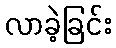
လာခဲ့ခြင်း